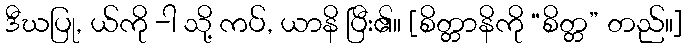
ဒီဃပြု, ယ်ကို -ါ သို့ ကပ်, ယာနိ ပြီး၏။ [စိတ္တာနိကို “စိတ္တ” တည်။]